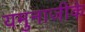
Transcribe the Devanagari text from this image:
यमुनाजीके